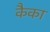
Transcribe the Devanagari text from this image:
कैका